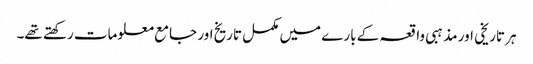
ہر تاریخی اور مذہبی واقعہ کے بارے میں مکمل تاریخ اور جامع معلومات رکھتے تھے۔